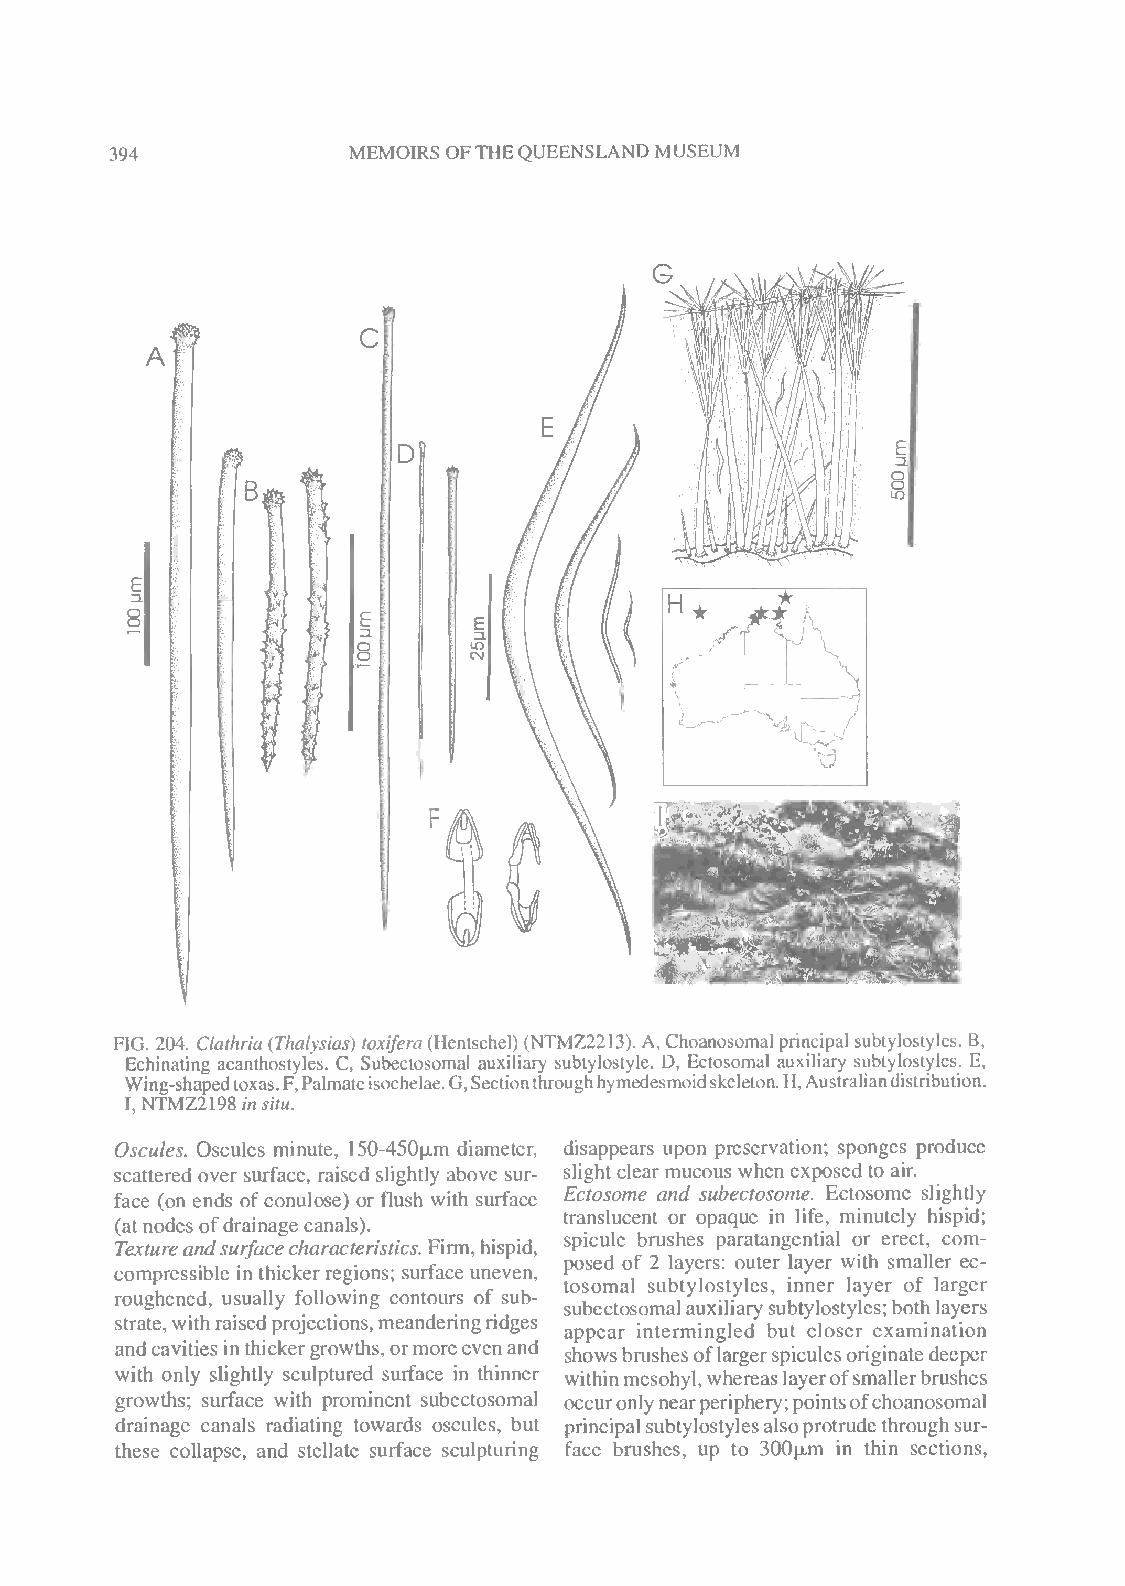
394
 MEMOIRS OFTHEQUEENSLAND MUSEUM
 c
 FIG. 204. Clathria(Thalysias) toxifera(Hentschel) (NTMZ2213). A, Choanosomalprincipal subtylostyles. B,
 Echinating acanthostyles. C, Subectosomal auxiliary subtylostyle. D, Ectosomal auxiliary subtylostyles. E,
 Wing-shapedtoxas.F,Palmateisochelae.G,Sectionthroughhymedesmoidskeleton.H,Australiandistribution.
 l,mMZ2minsitu.
 Oscules. Oscules minute, 150-450u-m diameter, disappears upon preservation; sponges produce
 scattered over surface, raised slightly above sur- slight clear mucous when exposed to air.
 face (on ends ofconulose) or flush with surface Ectosome and subectosome. Ectosome slightly
 (atnodes ofdrainagecanals).  translucent or opaque in life, minutely hispid;
 Textureandsurfacecharacteristics. Firm,hispid, spicule brushes paratangential or erect, com-
 posed of 2 layers: outer layer with smaller ec-
 compressible in thickerregions; surface uneven,
 tosomal subtylostyles, inner layer of larger
 roughened, usually following contours of sub-
 subectosomalauxiliarysubtylostyles;bothlayers
 strate,withraisedprojections,meanderingridges
 appear intermingled but closer examination
 andcavitiesinthickergrowths,ormoreevenand
 showsbrushes oflargerspiculesoriginatedeeper
 with only slightly sculptured surface in thinner withinmesohyl, whereaslayerofsmallerbrushes
 growths; surface with prominent subectosomal occuronlynearperiphery;pointsofchoanosomal
 drainage canals radiating towards oscules, but principalsubtylostylesalsoprotrudethroughsur-
 these collapse, and stellate surface sculpturing face brushes, up to 300u.m in thin sections,